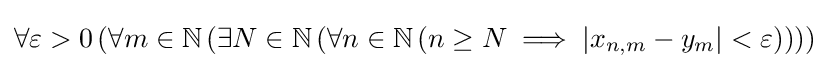
\forall \varepsilon >0\left(\forall m\in \mathbb {N} \left(\exists N\in \mathbb {N} \left(\forall n\in \mathbb {N} \left(n\geq N\implies |x_{n,m}-y_{m}|<\varepsilon \right)\right)\right)\right)